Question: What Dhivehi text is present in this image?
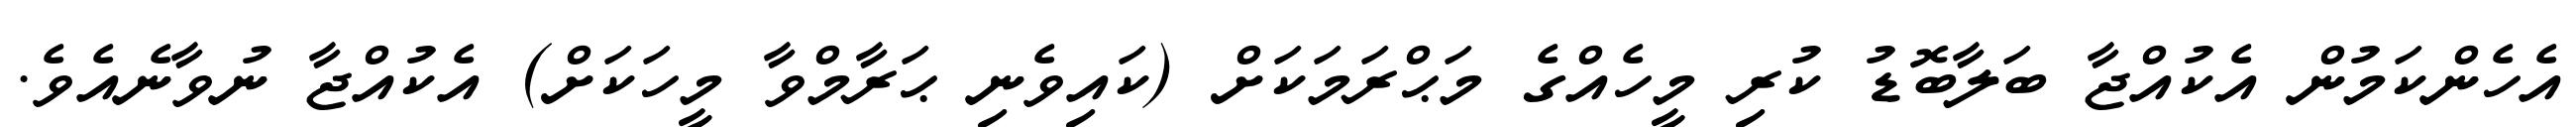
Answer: އެހެންކަމުން އެކުއްޖާ ބަލާބޮޑު ކުރި މީހެއްގެ މަޙްރަމަކަށް (ކައިވެނި ޙަރާމްވާ މީހަކަށް) އެކުއްޖާ ނުވާނެއެވެ.